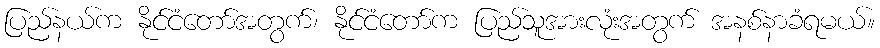
ပြည်နယ်က နိုင်ငံတော်အတွက်၊ နိုင်ငံတော်က ပြည်သူအားလုံးအတွက် အနစ်နာခံရမယ်။